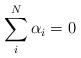
LaTeX: \begin{align*}\sum \limits_{i}^{N} \alpha_i = 0\end{align*}